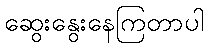
ဆွေးနွေးနေကြတာပါ